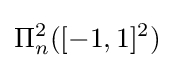
\Pi _{n}^{2}([-1,1]^{2})